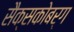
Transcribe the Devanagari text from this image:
सैक्सकोबर्ग